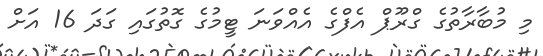
މި މުބާރާތުގެ ގްރޫޕް އެފްގެ އެއްވަނަ ޓީމުގެ ގޮތުގައި ގަދަ 16 އަށް